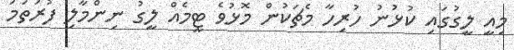
މިއީ ލީގުގައި ކުޅުނު ހުރިހާ މެޗަކުން މޮޅުވެ ޓީމެއް ލީގު ނިންމާލި ފުރަތަމަ